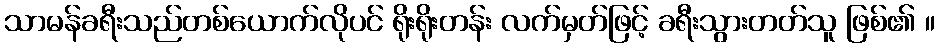
သာမန်ခရီးသည်တစ်ယောက်လိုပင် ရိုးရိုးတန်း လက်မှတ်ဖြင့် ခရီးသွားတတ်သူ ဖြစ်၏ ။